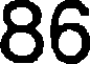
86